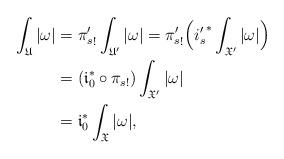
LaTeX: \begin{align*}\int_{\mathfrak U}|\omega|&= {\pi'_s}_!\int_{\mathfrak U'}|\omega|={\pi'_s}_!\Big( {i'_s}^*\int_{\mathfrak X'}|\omega|\Big) \\&=(\mathfrak i_0^*\circ {\pi_s}_!)\int_{\mathfrak X'}|\omega|\\&=\mathfrak i_0^*\int_{\mathfrak X}|\omega|,\end{align*}